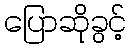
ပြောဆိုခွင့်